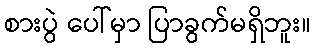
စားပွဲ ပေါ်မှာ ပြာခွက်မရှိဘူး။